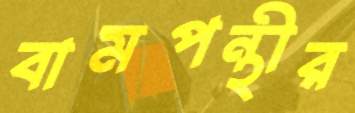
বামপন্থীর